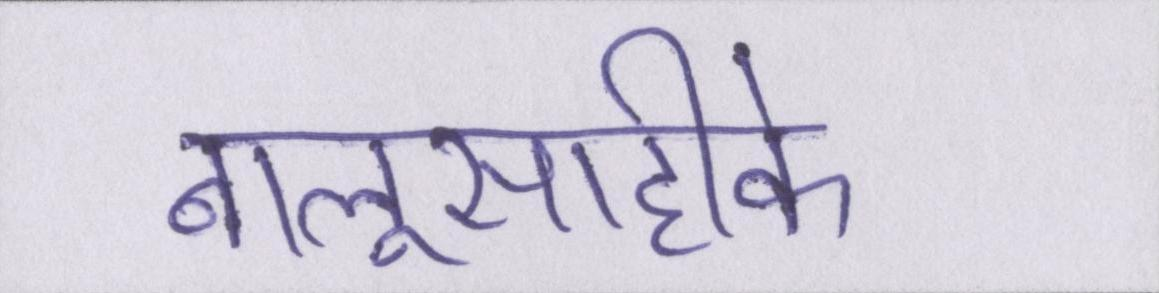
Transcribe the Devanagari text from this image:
बालूसाहीके